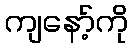
ကျနော့်ကို